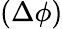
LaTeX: (\Delta\phi)